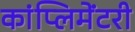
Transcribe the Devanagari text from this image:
कांप्लिमेंटरी